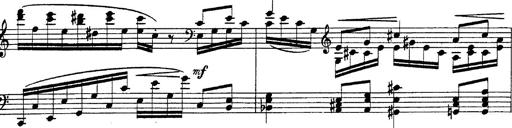
Title: Fantasie Ã¼ber Themen aus Mozarts Figaro und Don Giovanni
Composer: Franz Liszt